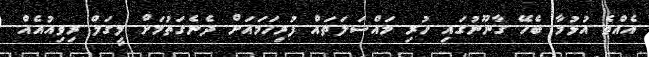
އެއްވެ އުޅުމާ ބެހޭ ގާނޫނުގައި ހުރި މައްސަލަތައް ފުރިހަމައަށް ދެނެގަތުމަށް ލީގަލް ރިވިއުއެއް